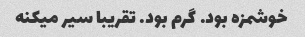
خوشمزه بود. گرم بود. تقریبا سیر میکنه